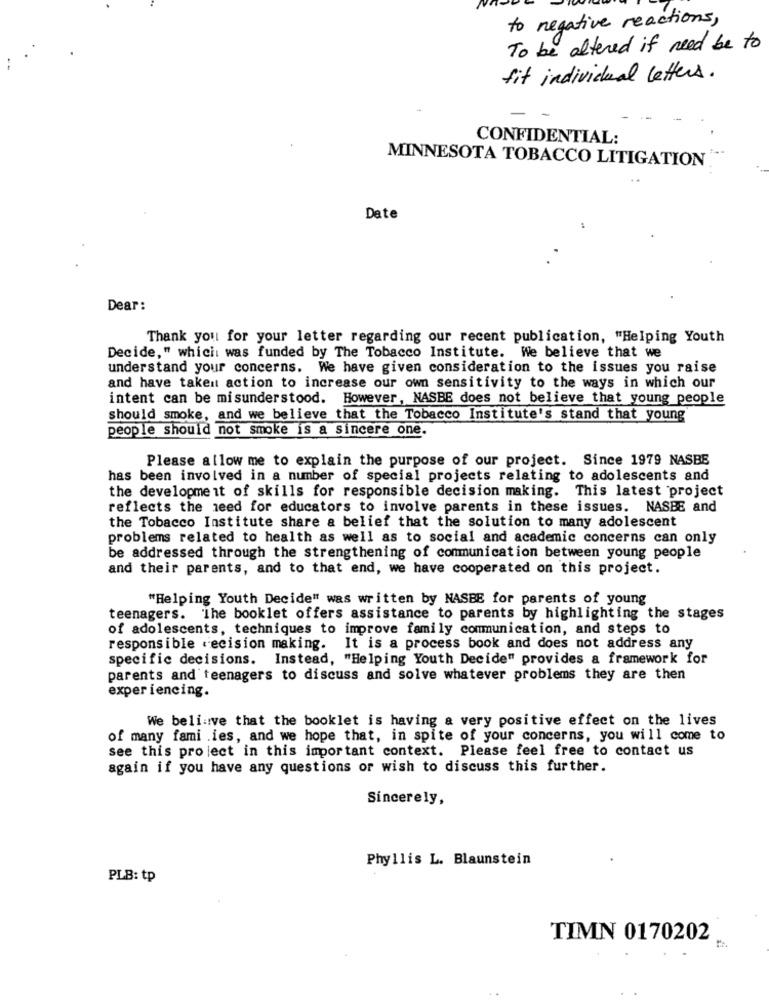
to negative reactions,
To be altered if need be to
fit individual letters.
CONFIDENTIAL:
MINNESOTA TOBACCO LITIGATION
Date
Dear:
Thank you for your letter regarding our recent publication, "Helping Youth
Decide," which was funded by The Tobacco Institute. We believe that we
understand your concerns. We have given consideration to the issues you raise
and have taken action to increase our own sensitivity to the ways in which our
intent can be misunderstood. However, NASBE does not believe that young people
should smoke, and we believe that the Tobacco Institute's stand that young
people should not smoke is a sincere one.
Please allow me to explain the purpose of our project. Since 1979 NASBE
has been involved in a number of special projects relating to adolescents and
the development of skills for responsible decision making. This latest project
reflects the need for educators to involve parents in these issues. NASBE and
the Tobacco Institute share a belief that the solution to many adolescent
problems related to health as well as to social and academic concerns can only
be addressed through the strengthening of communication between young people
and their parents, and to that end, we have cooperated on this project.
"Helping Youth Decide" was written by NASBE for parents of young
teenagers. The booklet offers assistance to parents by highlighting the stages
of adolescents, techniques to improve family communication, and steps to
responsible decision making. It is a process book and does not address any
specific decisions. Instead, "Helping Youth Decide" provides a framework for
parents and teenagers to discuss and solve whatever problems they are then
experiencing.
We beli:ve that the booklet is having a very positive effect on the lives
of many fami .ies, and we hope that, in spite of your concerns, you will come to
see this project in this important context. Please feel free to contact us
again if you have any questions or wish to discuss this further.
Sincerely,
Phyllis L. Blaunstein
PLB: tp
TIMN 0170202